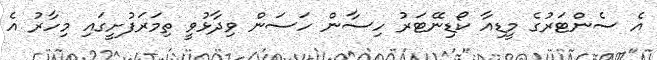
އެ ސެންޓަރުގެ މީޑިއާ ކޯޑިނޭޓަރު ހިސާން ހަސަން ވިދާޅުވީ ތިމަރަފުށީގައި މިހާރު އެ